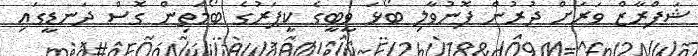
ޝަފްރާޒް ވަރަށް ދުރުން ފޮނުވާލި ބޯޅަ ވީބީގެ ކީޕަރުގެ ބޯމަތިން ގޮސް ދަނޑީގައި